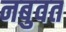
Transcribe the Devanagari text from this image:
नबुवत